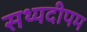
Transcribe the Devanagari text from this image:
सथ्यदीपम